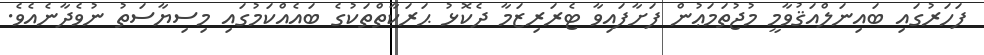
ފަހަރުގައި ބައިނަލްއަޤުވާމީ މުޖުތަމަޢުން ފަށާފައިވާ ޓެރަރިޒަމާ ދެކޮޅު ޙަރަކާތްތަކުގެ ބައެއްކަމުގައި މިސިޔާސަތު ނުވެދާނެއެވެ.